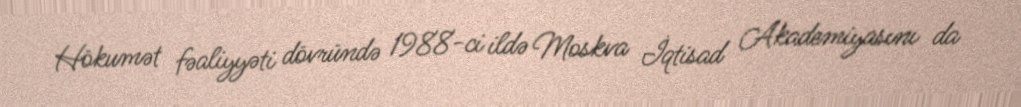
Hökumət fəaliyyəti dövründə 1988-ci ildə Moskva İqtisad Akademiyasını da